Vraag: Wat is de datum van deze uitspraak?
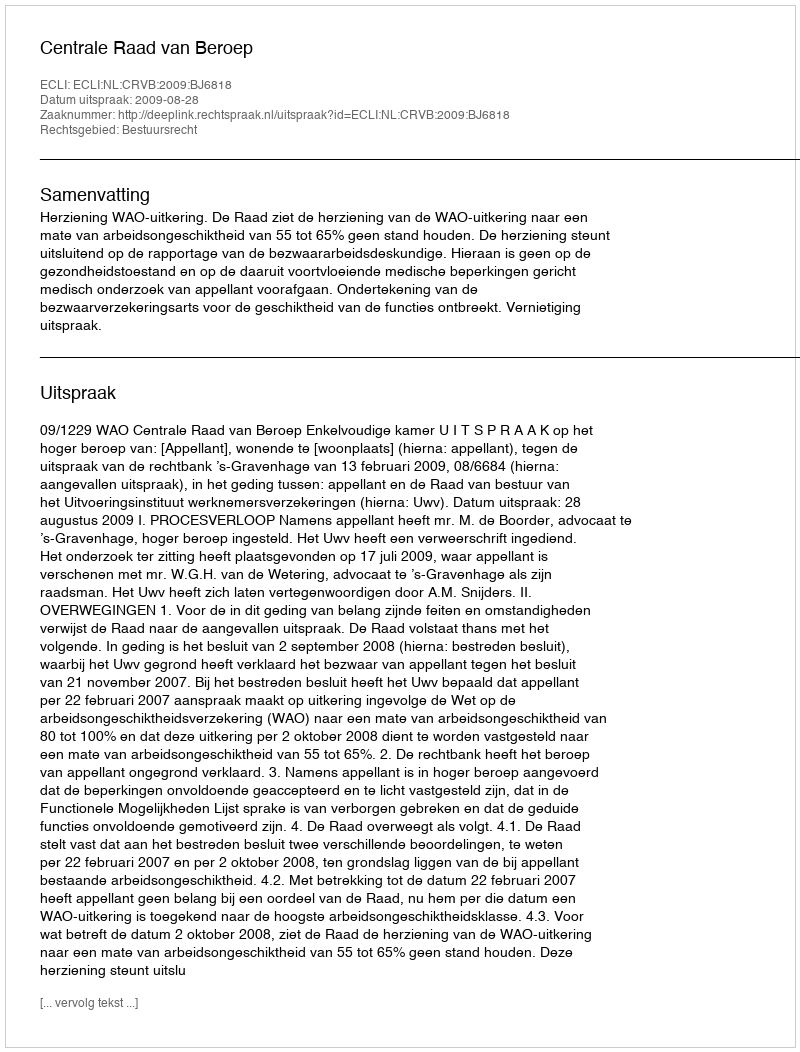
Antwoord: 2009-08-28